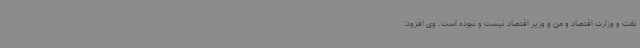
نفت و وزارت اقتصاد و من و وزیر اقتصاد نیست و نبوده است. وی افزود: